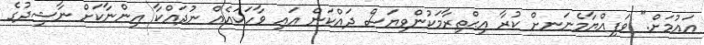
އައުމަށް." ވަފިއްޔާމެނަނށް ކުރާ އިޙްތިރާމަކުންވިޔަސް ދައްކަން އައި ވާހަކައެއް ނުދައްކާ އިންނާކަށް ނާޝިދުގެ